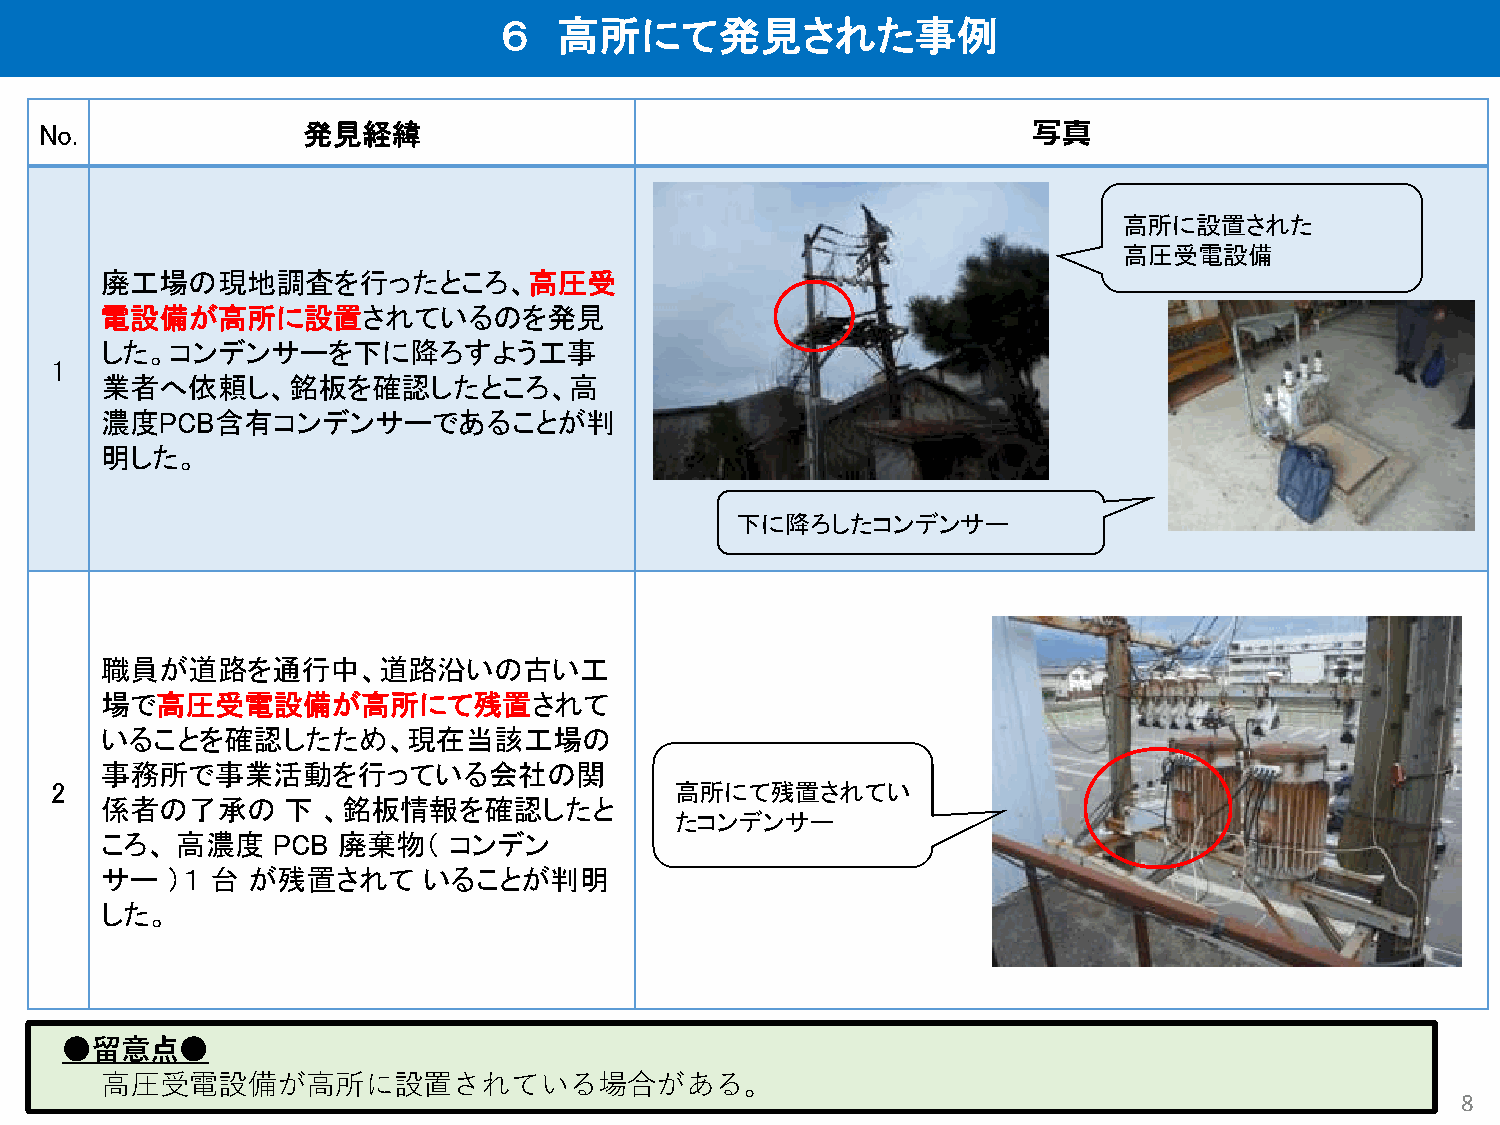
６   高所にて発見された事例
 No.              発見経緯                                            写真
 高所に設置された
 高圧受電設備
 廃工場の現地調査を行ったところ、高圧受
 電設備が高所に設置されているのを発見
 した。コンデンサーを下に降ろすよう工事
 1
 業者へ依頼し、銘板を確認したところ、高
 濃度PCB含有コンデンサーであることが判
 明した。
 下に降ろしたコンデンサー
 職員が道路を通行中、道路沿いの古い工
 場で高圧受電設備が高所にて残置されて
 いることを確認したため、現在当該工場の
 事務所で事業活動を行っている会社の関
 2                                         高所にて残置されてい
 係者の了承の      下 、銘板情報を確認したと
 たコンデンサー
 ころ、  高濃度   PCB 廃棄物（    コンデン
 サー  ）１ 台 が残置されて      いることが判明
 した。
 ●留意点●
 高圧受電設備が高所に設置されている場合がある。
 8